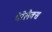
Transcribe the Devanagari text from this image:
पैरेलैक्स